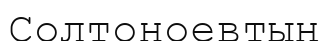
Солтоноевтың